Insane asylums Bombay 1873-77 - 1873-1877
Year: 1873
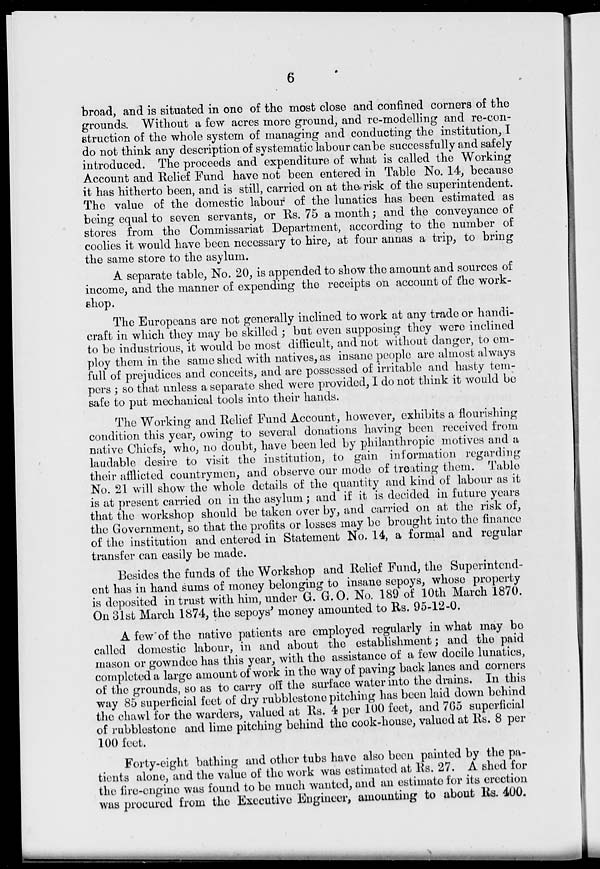
6
broad, and is situated in one of the most close and confined corners of the
grounds. Without a few acres more ground, and re-modelling and re-con-
struction of the whole system of managing and conducting the institution, I
do not think any description of systematic labour can be successfully and safely
introduced. The proceeds and expenditure of what is called the Working
Account and Relief Fund have not been entered in Table No. 14, because
it has hitherto been, and is still, carried on at the risk of the superintendent.
The value of the domestic labour of the lunatics has been estimated as
being equal to seven servants, or Rs. 75 a month; and the conveyance of
stores from the Commissariat Department, according to the number of
coolies it would have been necessary to hire, at four annas a trip, to bring
the same store to the asylum.
A separate table, No. 20, is appended to show the amount and sources of
income, and the manner of expending the receipts on account of the work-
shop.
The Europeans are not generally inclined to work at any trade or handi-
craft in which they may be skilled ; but even supposing they were inclined
to be industrious, it would be most difficult, and not without danger, to em-
ploy them in the same shed with natives, as insane people are almost always
full of prejudices and conceits, and are possessed of irritable and hasty tem-
pers ; so that unless a separate shed were provided, I do not think it would be
safe to put mechanical tools into their hands.
The Working and Relief Fund Account, however, exhibits a flourishing
condition this year, owing to several donations having been received from
native Chiefs, who, no doubt, have been led by philanthropic motives and a
laudable desire to visit the institution, to gain information regarding
their afflicted countrymen, and observe our mode of treating them. Table
No. 21 will show the whole details of the quantity and kind of labour as it
is at present carried on in the asylum ; and if it is decided in future years
that the workshop should be taken over by, and carried on at the risk of,
the Government, so that the profits or losses may be brought into the finance
of the institution and entered in Statement No. 14, a formal and regular
transfer can easily be made.
Besides the funds of the Workshop and Relief Fund, the Superintend-
ent has in hand sums of money belonging to insane sepoys, whose property
is deposited in trust with him, under G. G. O. No. 189 of 10th March 1870.
On 31st March 1874, the sepoys' money amounted to Rs. 95-12-0.
A few of the native patients are employed regularly in what may be
called domestic labour, in and about the establishment; and the paid
mason or gowndee has this year, with the assistance of a few docile lunatics,
completed a large amount of work in the way of paving back lanes and corners
of the grounds, so as to carry off the surface water into the drains. In this
way 85 superficial feet of dry rubblestone pitching has been laid down behind
the chawl for the warders, valued at Rs. 4 per 100 feet, and 765 superficial
of rubblestone and lime pitching behind the cook-house, valued at Rs. 8 per
100 feet.
Forty-eight bathing and other tubs have also boon painted by the pa-
tients alone, and the value of the work was estimated at Rs. 27. A shed for
the fire-engine was found to be much wanted, and an estimate for its erection
was procured from the Executive Engineer, amounting to about Rs. 400.